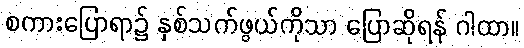
စကားပြောရာ၌ နှစ်သက်ဖွယ်ကိုသာ ပြောဆိုရန် ဂါထာ။